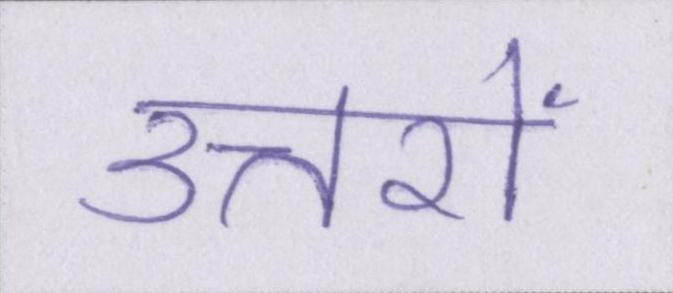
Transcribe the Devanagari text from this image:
उत्तरों